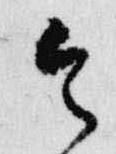
令